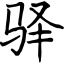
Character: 驿